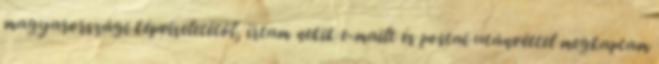
magyarországi képviseletétől, írtam nekik e-mailt és postai utánvéttel megkaptam